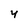
Character: 4